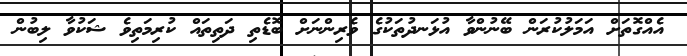
އެއްގޮތަށް އަމަލުކުރަން ބޭނުންވާ އުޅަނދުތަކުގެ ވެރިންނަށް ބޮޑެތި ދަތިތައް ކުރިމަތިވެ ޝަކުވާ ލިބުން